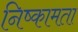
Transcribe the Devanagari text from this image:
निष्कामता